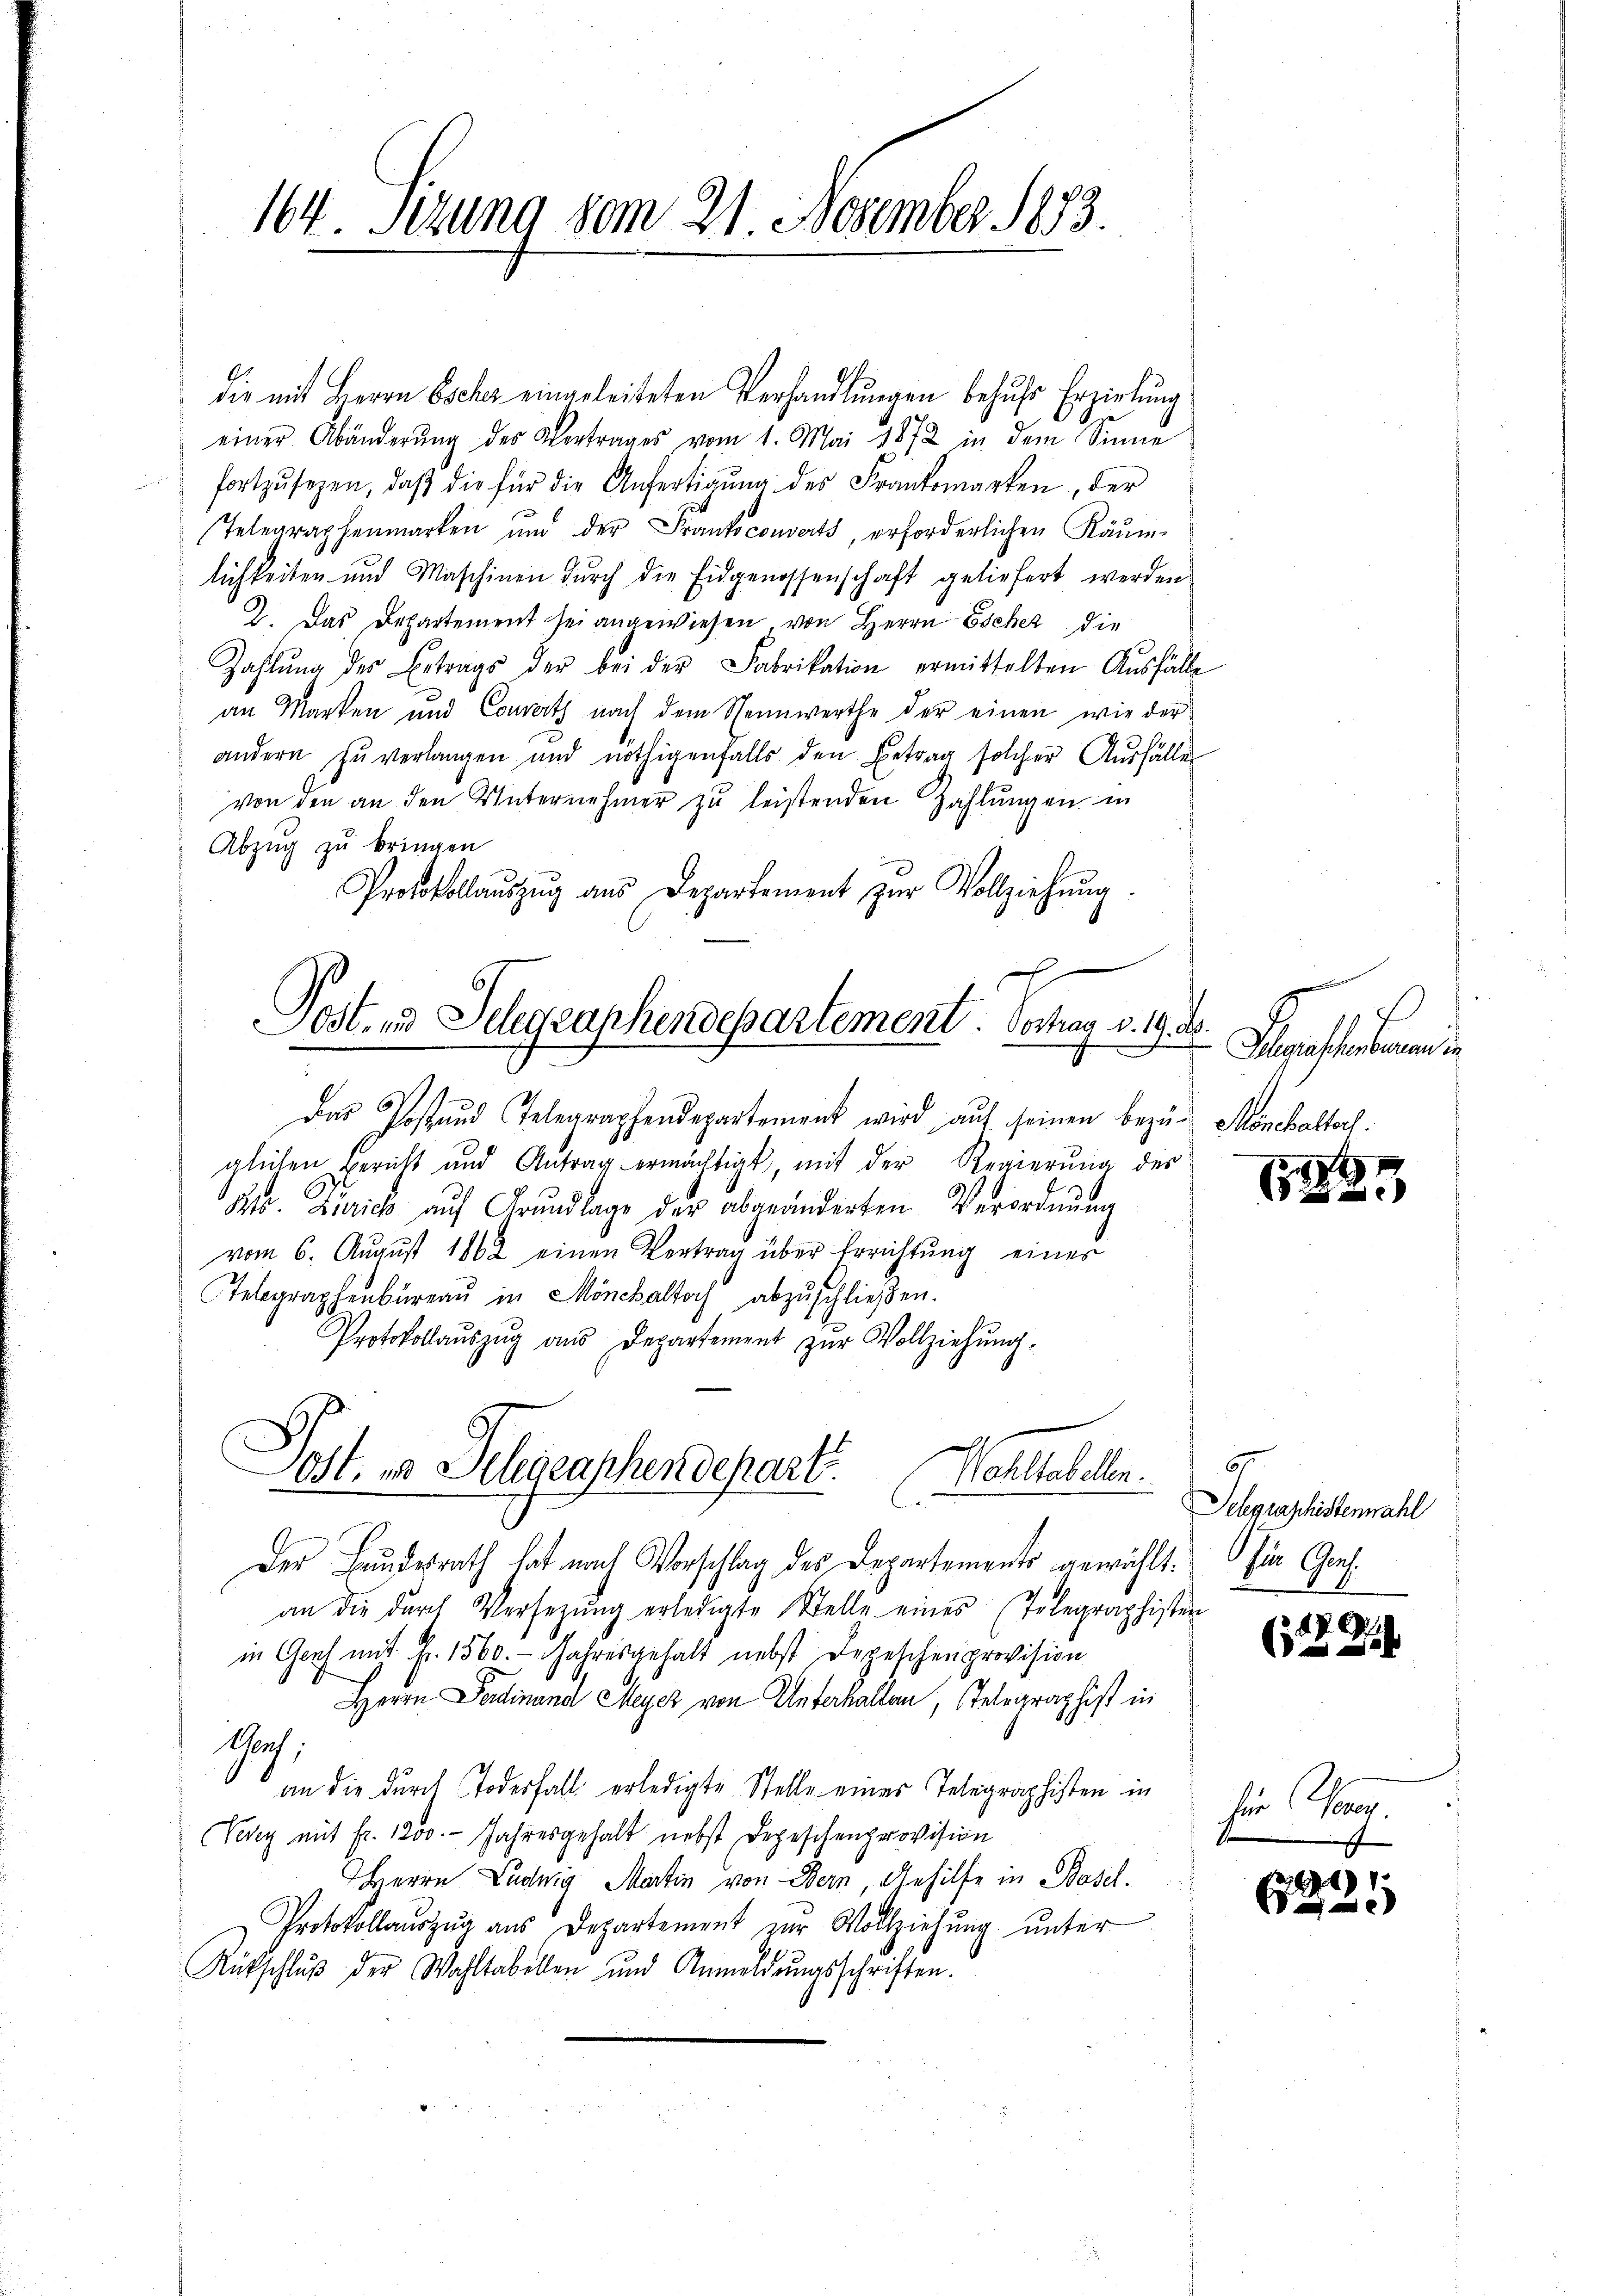
164. Sizung vom 21. November 1833.

die mit Herrn Escher eingeleisteten Verhandlungen behufs Erzielung
einer Abänderŭng des Vertrages vom 1. Mai 1872 in dem Sinne
 fortzŭsezen, daβ die für die Anfertigŭng des Frankmarken, der
Telegraphenmarken und der Frantsconverts, erforderlichen Räumlichkeiten und Maschinen dŭrch die Eidgenossenschaft geliefert werden.
J. Das Departement sei angewiesen, von Herrn Escher die
Zahlŭng des Betrags der bei der Fabrikation ermittelten Aŭsfälle
an Marken und Converth nach dem Nennwerthe der einen wie der
andern zu verlangen und nöthigenfalls den Betrag solcher Ausfällen
von den an den Unternehmer zu leistenden Zahlungen in
Abzug zu bringen
Protokollaŭszŭg aŭs Departement zŭr Vollziehŭng.
Post- und Selegraphendepartement. Vortrag v. 19. d.
mi
Das Postand Telegraphendepartement wird aŭf seinen bezŭ- Mönchaltorf.
gleichen Bericht und Antrag ermächtigt, mit der Regierung des
Rer. Zürich aŭf Grŭndlage der abgeänderten Verordnŭng
vom 6. August 1862 einen Vertrag über Errichtŭng eines
Telegraphenbüreaŭ in Mönchaltorf abzŭschließen.
Protokollaŭszŭg aŭs Departement zŭr Vollziehŭng.

Jost, in Delegraphendepart
Wohlseelen.

Wasten
7

Der Bundesrath hat nach Vorschlag des Departements gewählt. Ein Giesan die durch Versetzŭng erledigte Stelle eines Telegraphisten
in Genf mit Fr. 1560. Jahresgehalt nebst Depeschen provision
Herrn Ferdinand Meyer von Unterhallen, Telegraphist in
thorch,
an die durch Todesfall erledigte Stelle eines Telegraphisten in
Vevey mit fr. 1200. Jahresgehalt nebst Depeschenprovision
HHerrn Ludwig Martin von Bern, Gehilfe in Basel.
Protokollaŭszŭg aŭs Departement zŭr Vollziehŭng ŭnter
Rückschlŭβ der Wahltabellen und Anmeldŭngsschriften.

158

e

67
Schgraphistenwahl
279

für Gener

)
e